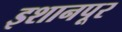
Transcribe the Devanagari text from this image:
इशानपूर